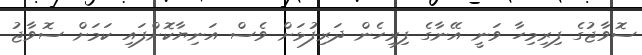
ސޮވާޖުގެ ފިރިމިހާ ވަނީ އޭނާގެ ފިރިހެން ދަރިފުޅަށް ވެސް އަނިޔާކޮށްފައި ކަމަށް ސޮވާޖު